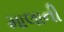
માલાની